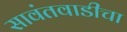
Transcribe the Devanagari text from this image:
सावंतवाडीचा